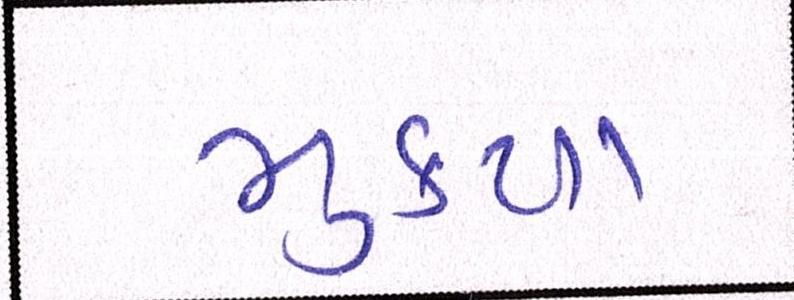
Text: મુક્યા